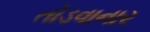
તોડવાનાર